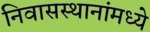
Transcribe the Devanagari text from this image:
निवासस्थानांमध्ये